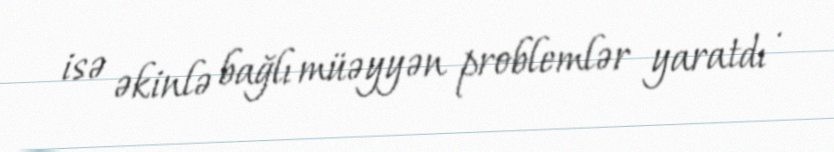
isə əkinlə bağlı müəyyən problemlər yaratdı .